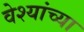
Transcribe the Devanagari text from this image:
वेश्यांच्या